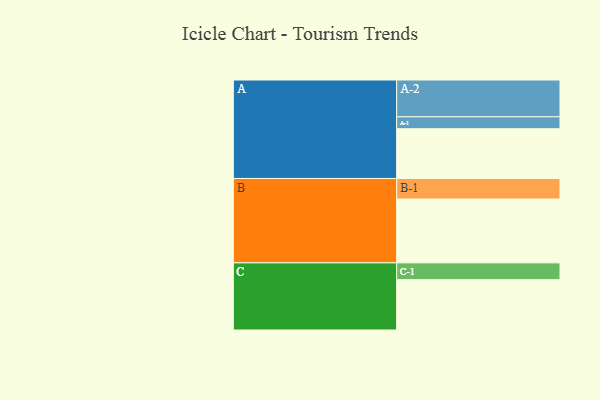
{"axis": {"x": "Segment", "y": "Value"}, "legend": ["", "A", "B", "C"], "data": [{"x": "A", "y": 346, "type": ""}, {"x": "B", "y": 444, "type": ""}, {"x": "C", "y": 350, "type": ""}, {"x": "A-1", "y": 83, "type": "A"}, {"x": "A-2", "y": 256, "type": "A"}, {"x": "B-1", "y": 143, "type": "B"}, {"x": "C-1", "y": 117, "type": "C"}]}